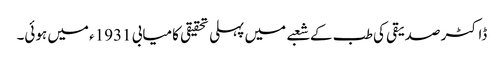
ڈاکٹر صدیقی کی طب کے شعبے میں پہلی تحقیقی کامیابی 1931ء میں ہوئی۔